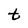
Character: t